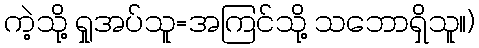
ကဲ့သို့ ရှုအပ်သူ=အကြင်သို့ သဘောရှိသူ။)